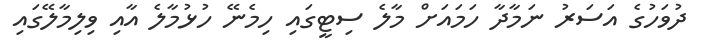
ދުވަހުގެ އަސަރު ނަމާދާ ހަމައަށް މާލެ ސިޓީގައި ހިމެނޭ ހުޅުމާލެ އާއި ވިލިމާލޭގައި